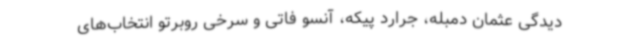
دیدگی عثمان دمبله، جرارد پیکه، آنسو فاتی و سرخی روبرتو انتخاب‌های